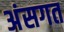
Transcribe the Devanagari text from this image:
अंसगत